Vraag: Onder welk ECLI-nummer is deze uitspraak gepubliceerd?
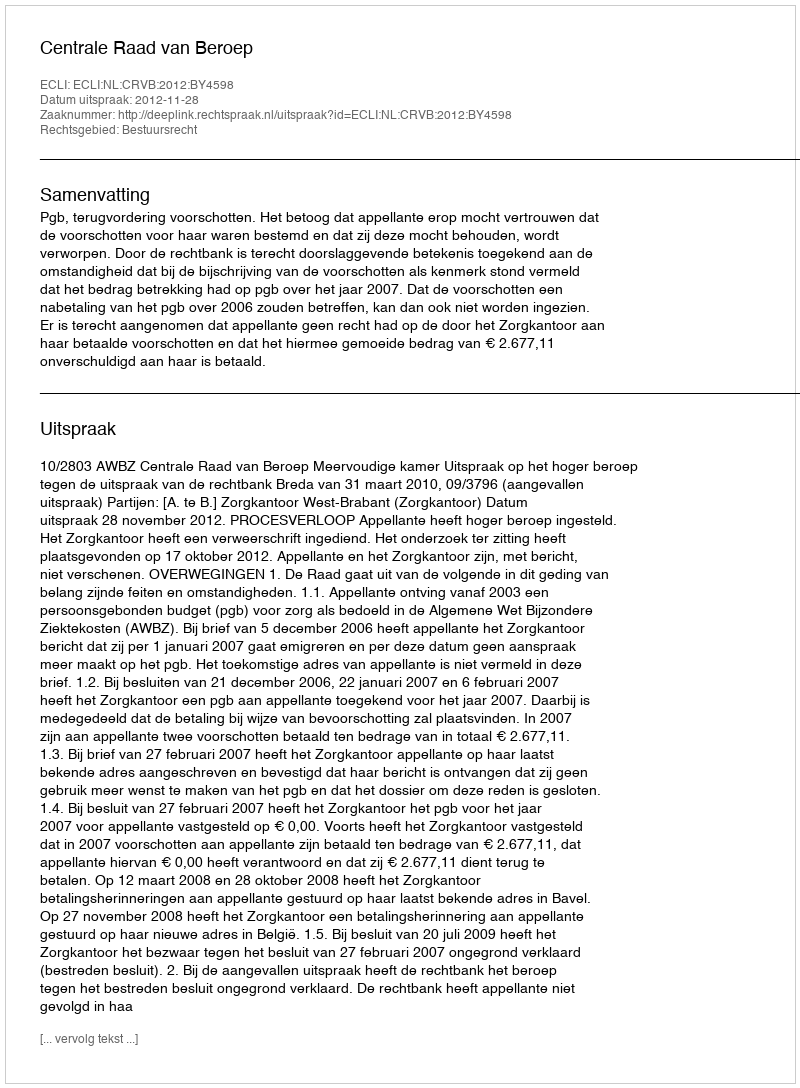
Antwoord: ECLI:NL:CRVB:2012:BY4598